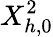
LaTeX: X_{h,0}^{2}